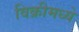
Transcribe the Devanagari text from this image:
विक्रीमध्ये